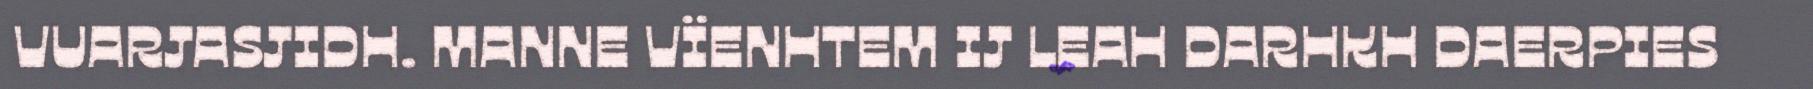
VUARJASJIDH. MANNE VÏENHTEM IJ LEAH DARHKH DAERPIES